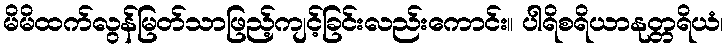
မိမိထက်လွန်မြတ်သာဖြည့်ကျင့်ခြင်းလည်းကောင်း။ ပါရိစရိယာနုတ္တရိယံ၊